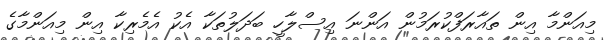
މިއަންމާ އިން ތައާރަފްކުރަމުން އަންނަ އިސްލާހީ ބަދަލުތަކާ އެކު އެމެރިކާ އިން މިއަންމާގެ